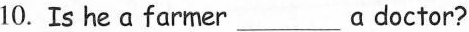
()10.Is he a farmer_ adoctor?